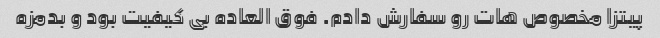
پیتزا مخصوص هات رو سفارش دادم. فوق العاده بی کیفیت بود و بدمزه